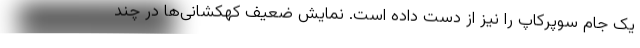
یک جام سوپرکاپ را نیز از دست داده است. نمایش ضعیف کهکشانی‌ها در چند